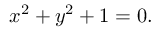
x ^ { 2 } + y ^ { 2 } + 1 = 0 .